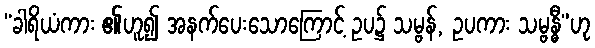
“ခါရိယံကား ၏ဟူ၍ အနက်ပေးသောကြောင့် ဥပ၌ သမ္ဗန်, ဥပကား သမ္ဗန္ဓီ”ဟု